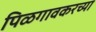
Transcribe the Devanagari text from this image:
पिळगावकरच्या